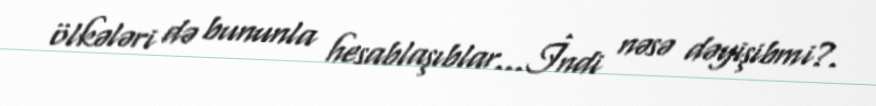
ölkələri də bununla hesablaşıblar...İndi nəsə dəyişibmi?.